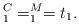
LaTeX: \begin{align*}_1^C = _1^M = t_1.\end{align*}